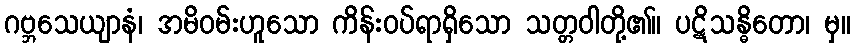
ဂဗ္ဘသေယျာနံ၊ အမိဝမ်းဟူသော ကိန်းဝပ်ရာရှိသော သတ္တဝါတို့၏။ ပဋိသန္ဓိတော၊ မှ။